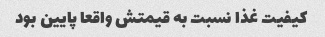
کیفیت غذا نسبت به قیمتش واقعا پایین بود